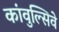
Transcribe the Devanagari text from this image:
कांवुल्सिवे